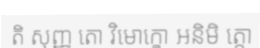
តិ សុញ្ញ តោ វិមោក្ខោ អនិមិ ត្តោ